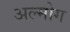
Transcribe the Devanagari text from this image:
अल्मोग